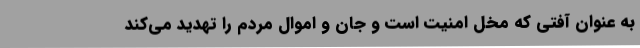
به عنوان آفتی که مخل امنیت است و جان و اموال مردم را تهدید می‌کند